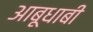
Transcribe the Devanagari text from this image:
आबूधाबी